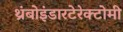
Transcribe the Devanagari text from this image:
थ्रंबोइंडारटेरेक्टोमी